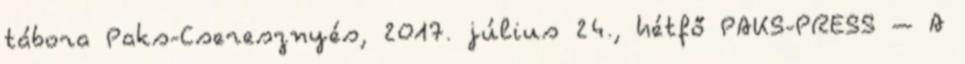
tábora Paks-Cseresznyés, 2017. július 24., hétfő PAKS-PRESS – A